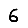
Digit: 6